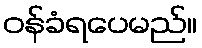
ဝန်ခံရပေမည်။